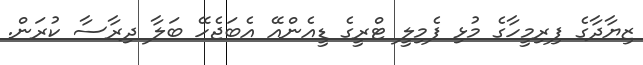
ޒިޔާދާގެ ފިރިމީހާގެ މުޅި ފެމިލީ ޓްރީގެ ޑީއެންއޭ އެބަޖެހޭ ބަލާ ދިރާސާ ކުރަން.